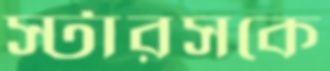
স্টারসকে